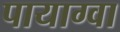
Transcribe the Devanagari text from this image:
पायाग्वा